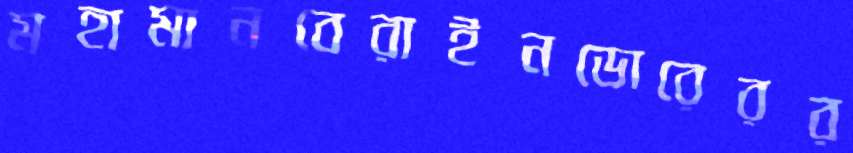
মহামানবেরাইনডোরেরর